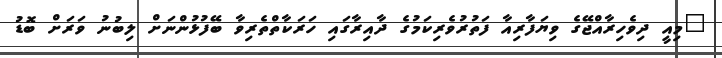
"މިއީ ދިވެހިރާއްޖޭގެ ވިޔަފާރިއާ ފަތުރުވެރިކަމުގެ ދާއިރާގައި ހަރަކާތްތެރިވާ ބޭފުޅުންނަށް ލިބުނު ވަރަށް ބޮޑު